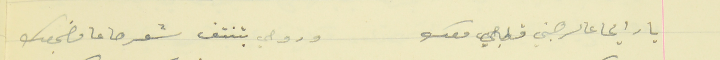
يا رايحا عالرهبني قلبي معك                               وروحي بتنتف شعرها عا مضجعك